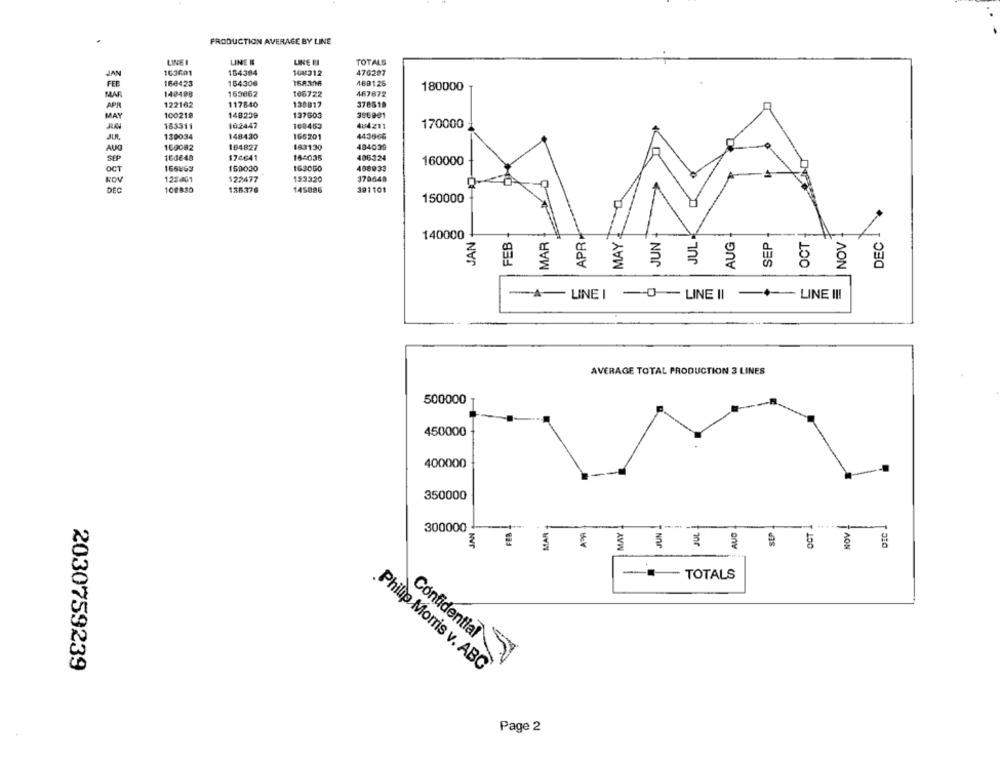
PRODUCTION AVERAGE BY LINE
LINE I
LINE IL
LIKE II
TOTALS
NVP
163601
154384
108/312
476207
164423
154306
168.306
4691.25
140498
467872
180000
MAR
163662
186722
APR
122162
117840
130017
378519
100218
148239
137603
386941
MAY
170000
163311
102447
160463
484211
130034
148430
166201
443666
150082
184827
183130
404039
AUG
SEP
160648
174641
184035
406324
160000
166869
150030
163060
408033
OCT
ROV
123:40
122477
153320
370648
DEC
109830
136.376
145886
391101
150000
APRI
JAN
140000
FEB
MAR
MAY
JUN
JUL
AUG
SEP
OCT
NOV
DEC
-LINEI -O-LINE II
-LINE !!!
----
AVERAGE TOTAL PRODUCTION 3 LINES
500000
450000
400000
350000
OCT 1
NOV !
300000
JAN
FER
MAR
MAY
JUN
JUL
stP
DEC
- - TOTALS
Confidential
2030759239
Philip Morris v. ABC
Page 2